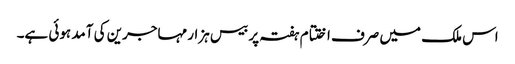
اس ملک میں صرف اختتام ہفتہ پر بیس ہزار مہاجرین کی آمد ہوئی ہے۔